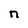
Character: n